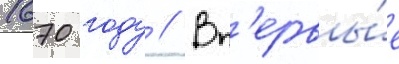
1670 году // Вп'ервы́е